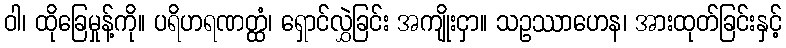
ဝါ၊ ထိုခြေမှုန့်ကို။ ပရိဟရဏတ္ထံ၊ ရှောင်လွှဲခြင်း အကျိုးငှာ။ သဥဿာဟေန၊ အားထုတ်ခြင်းနှင့်